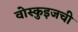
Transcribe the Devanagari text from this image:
वोस्कुइजची